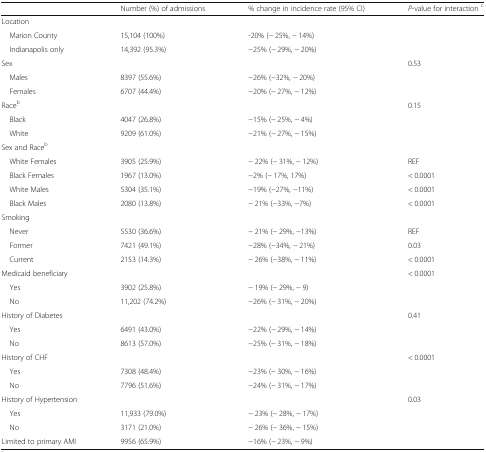
<table><thead><tr><td></td><td><b>Number (%) of admissions</b></td><td><b>% change in incidence rate (95% CI)</b></td><td><b><i>P</i>-value for interaction <sup>c</sup></b></td></tr></thead><tbody><tr><td colspan="4">Location</td></tr><tr><td> Marion County</td><td>15,104 (100%)</td><td>-20% (− 25%, − 14%)</td><td></td></tr><tr><td> Indianapolis only</td><td>14,392 (95.3%)</td><td>−25% (− 29%, − 20%)</td><td></td></tr><tr><td>Sex</td><td></td><td></td><td rowspan="3">0.53</td></tr><tr><td> Males</td><td>8397 (55.6%)</td><td>−26% (−32%, − 20%)</td></tr><tr><td> Females</td><td>6707 (44.4%)</td><td>−20% (− 27%, − 12%)</td></tr><tr><td>Race<sup>b</sup></td><td></td><td></td><td rowspan="3">0.15</td></tr><tr><td> Black</td><td>4047 (26.8%)</td><td>−15% (− 25%, − 4%)</td></tr><tr><td> White</td><td>9209 (61.0%)</td><td>−21% (− 27%, − 15%)</td></tr><tr><td>Sex and Race<sup>b</sup></td><td></td><td></td><td></td></tr><tr><td> White Females</td><td>3905 (25.9%)</td><td>− 22% (− 31%, − 12%)</td><td>REF</td></tr><tr><td> Black Females</td><td>1967 (13.0%)</td><td>−2% (− 17%, 17%)</td><td>&lt; 0.0001</td></tr><tr><td> White Males</td><td>5304 (35.1%)</td><td>−19% (−27%, −11%)</td><td>&lt; 0.0001</td></tr><tr><td> Black Males</td><td>2080 (13.8%)</td><td>− 21% (−33%, −7%)</td><td>&lt; 0.0001</td></tr><tr><td>Smoking</td><td></td><td></td><td></td></tr><tr><td> Never</td><td>5530 (36.6%)</td><td>− 21% (− 29%, −13%)</td><td>REF</td></tr><tr><td> Former</td><td>7421 (49.1%)</td><td>−28% (−34%, − 21%)</td><td>0.03</td></tr><tr><td> Current</td><td>2153 (14.3%)</td><td>− 26% (−38%, − 11%)</td><td>&lt; 0.0001</td></tr><tr><td>Medicaid beneficiary</td><td></td><td></td><td rowspan="3">&lt; 0.0001</td></tr><tr><td> Yes</td><td>3902 (25.8%)</td><td>− 19% (− 29%, − 9)</td></tr><tr><td> No</td><td>11,202 (74.2%)</td><td>−26% (− 31%, − 20%)</td></tr><tr><td>History of Diabetes</td><td></td><td></td><td rowspan="3">0.41</td></tr><tr><td> Yes</td><td>6491 (43.0%)</td><td>−22% (− 29%, − 14%)</td></tr><tr><td> No</td><td>8613 (57.0%)</td><td>−25% (− 31%, − 18%)</td></tr><tr><td>History of CHF</td><td></td><td></td><td rowspan="3">&lt; 0.0001</td></tr><tr><td> Yes</td><td>7308 (48.4%)</td><td>−23% (− 30%, − 16%)</td></tr><tr><td> No</td><td>7796 (51.6%)</td><td>−24% (− 31%, − 17%)</td></tr><tr><td>History of Hypertension</td><td></td><td></td><td rowspan="3">0.03</td></tr><tr><td> Yes</td><td>11,933 (79.0%)</td><td>− 23% (− 28%, − 17%)</td></tr><tr><td> No</td><td>3171 (21.0%)</td><td>− 26% (− 36%, − 15%)</td></tr><tr><td>Limited to primary AMI</td><td>9956 (65.9%)</td><td>−16% (− 23%, − 9%)</td><td></td></tr></tbody></table>